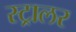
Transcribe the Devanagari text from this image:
स्ट्रालर